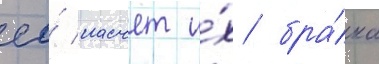
ео́ насчет и́х бра́ка